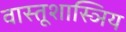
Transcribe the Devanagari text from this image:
वास्तूशास्ञिय